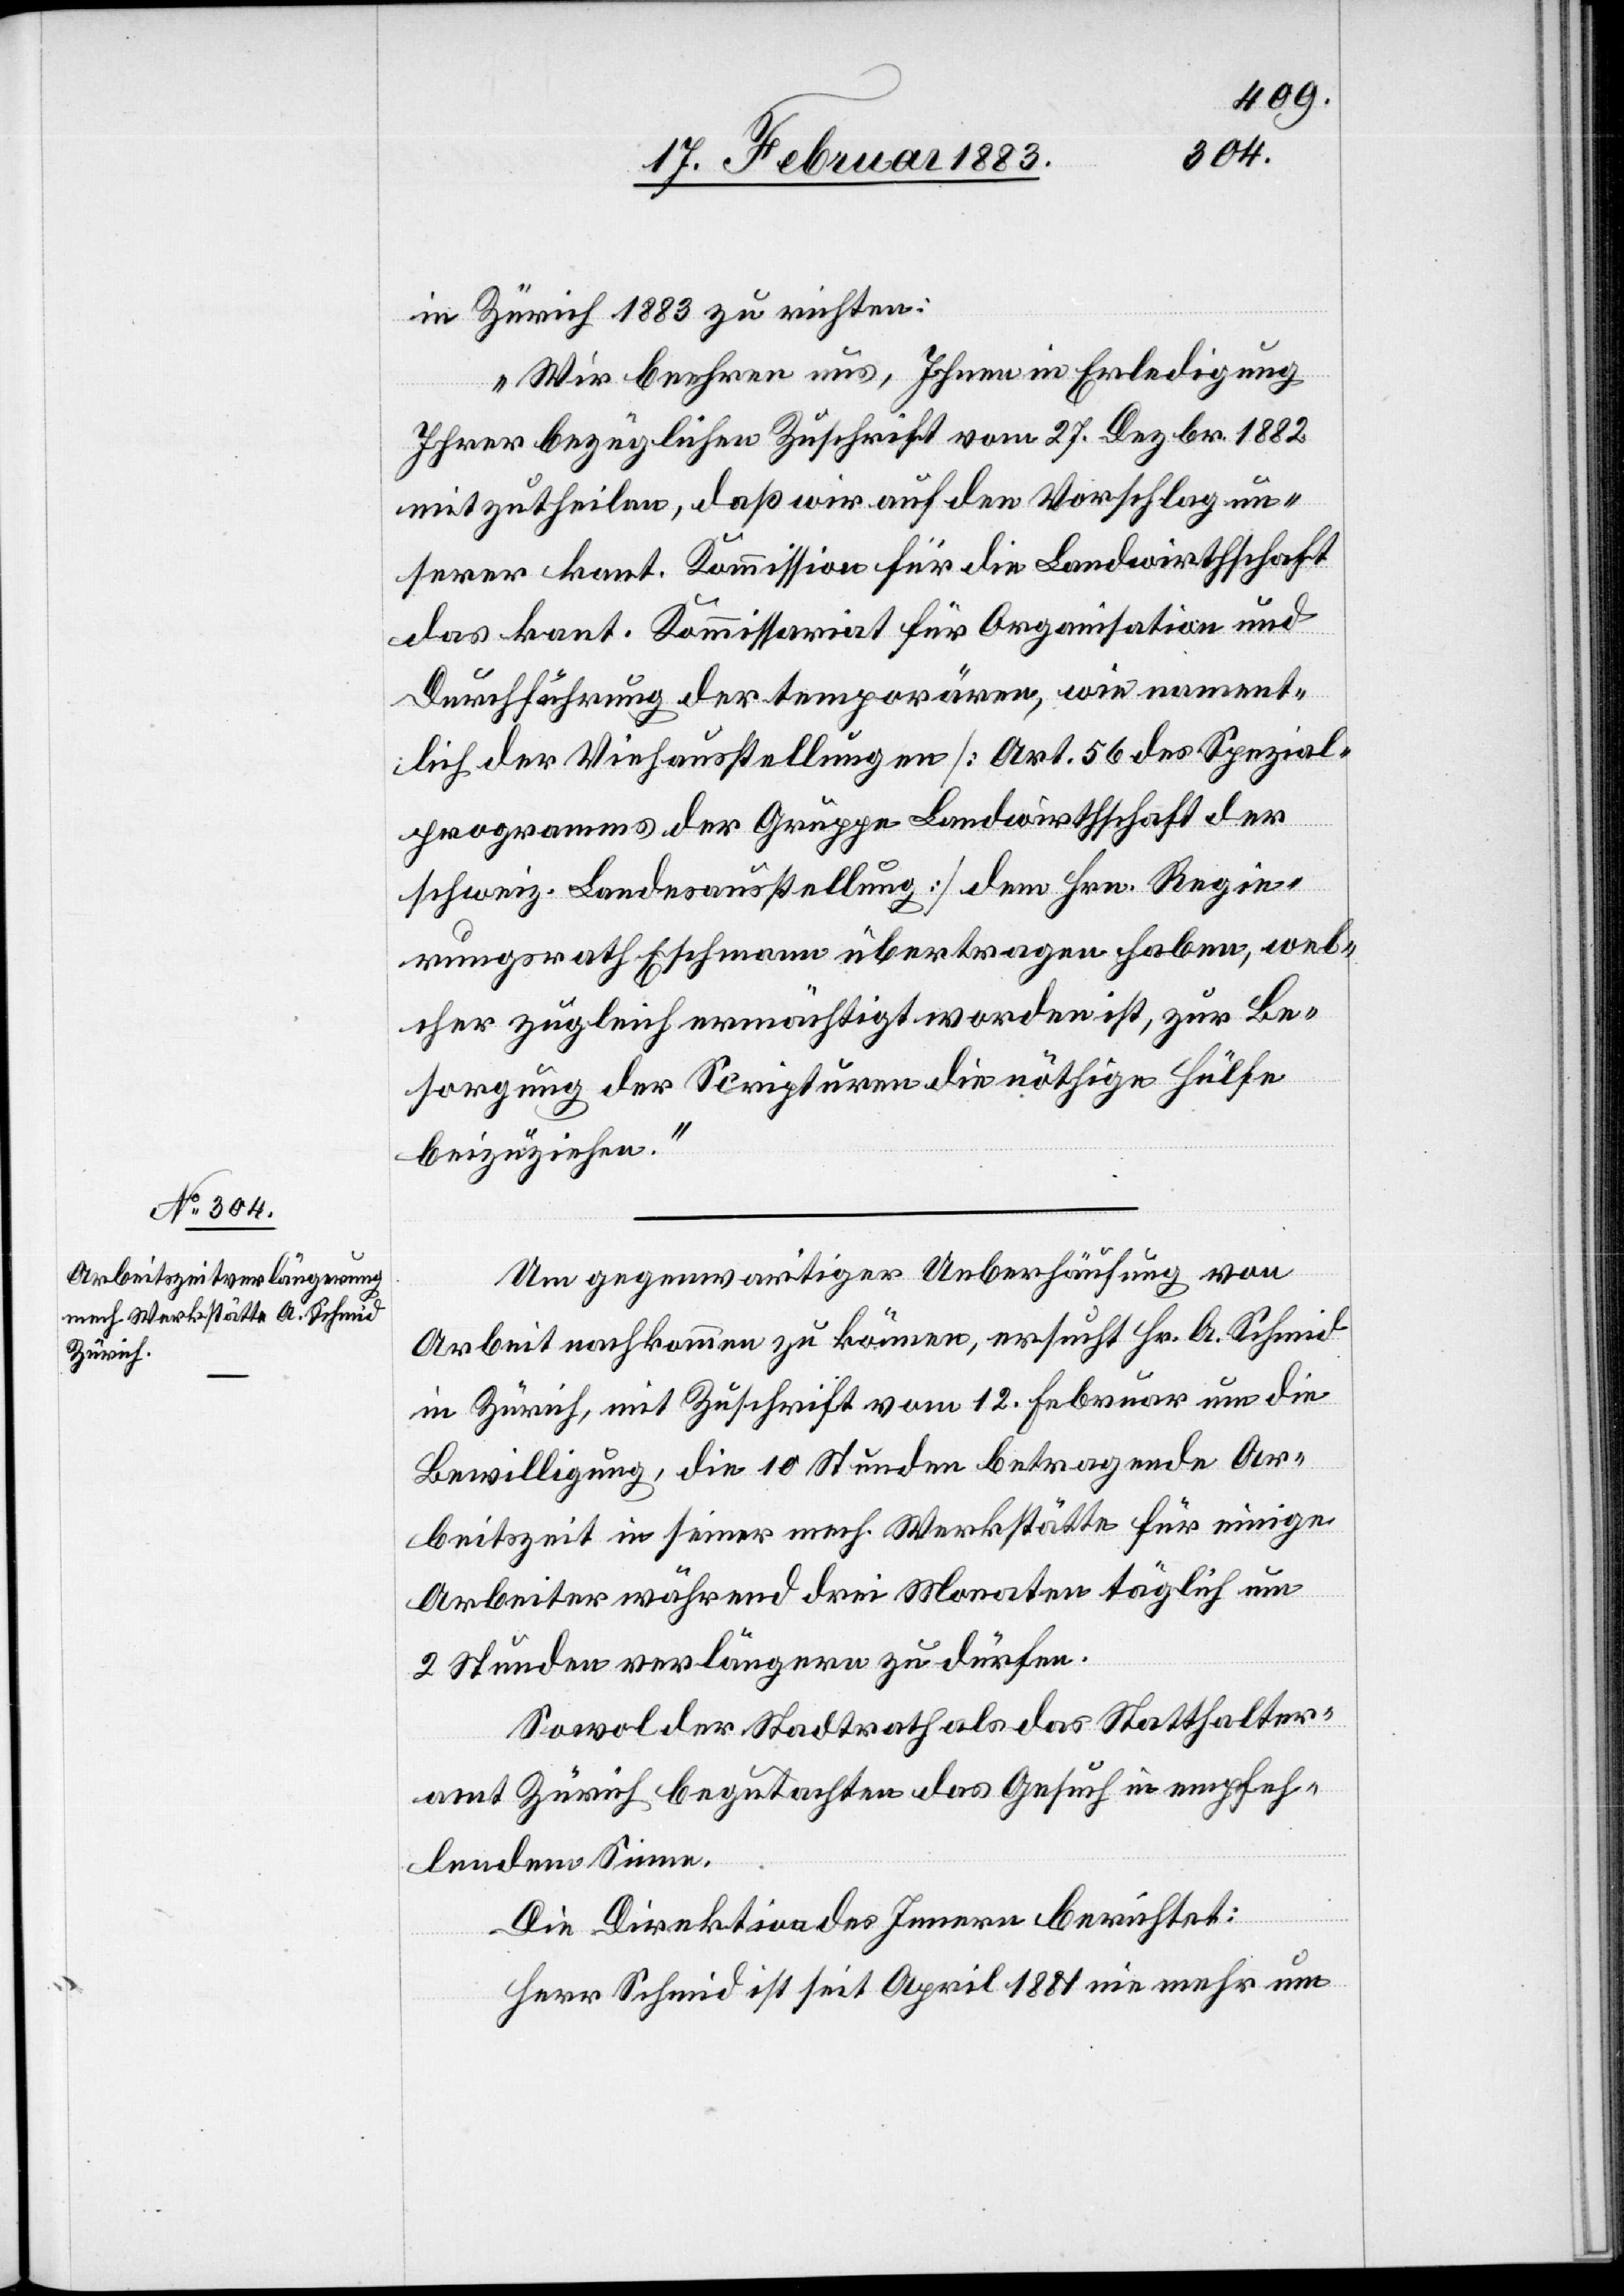
Zürich

„Wir beehren uns, Ihnen in Erledigung
Ihrer bezüglichen Zuschrift vom 27. Dezbr. 1882
mitzutheilen, daß wir auf den Vorschlag un¬
serer kant. Kommission für die Landwirthschaft
das kant. Kommissariat für Organisation und
Durchführung der temporären, wie nament¬
lich der Viehausstellungen [Art. 56 des Spezial-P¬
rogramms der Gruppe Landwirthschaft der
schweiz. Landesausstellung] dem Hrn. Regie¬
rungsrath Eschmann übertragen haben, wel¬
cher zugleich ermächtigt worden ist, zur Be¬
in
sorgung der Scripturen nöthige Hülfe
beizuziehen.“
Um gegenwärtiger Überhäufung von
Arbeit nachkommen zu können, ersucht Hr. A. Schmid
in Zürich, mit Zuschrift vom 12. Februar um die
Bewilligung, die 10 Stunden betragende Ar¬
beitszeit in seiner mech. Werkstätte für einige
Arbeiter während 3 Monaten täglich um
2 Stunden verlängern zu dürfen.
Sowol der Stadtrath als das Statthalter¬
amt Zürich begutachten das Gesuch in empfeh¬
lendem Sinne.
Die Direktion des Innern berichtet:
Herr Schmid ist seit April 1881 nie mehr um